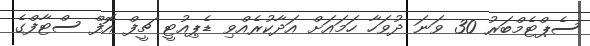
ސެޕްޓެމްބަރު 30 ވަނަ ދުވަހާ ހަމައަށް އަދާކުރެއްވި ޑެޕިއުޓީ ޗީފް އޮފް ސްޓާފްގެ